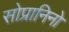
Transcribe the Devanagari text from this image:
सोप्रानिनो